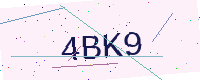
Text: 4BK9